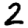
Digit: 2